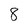
Character: 8